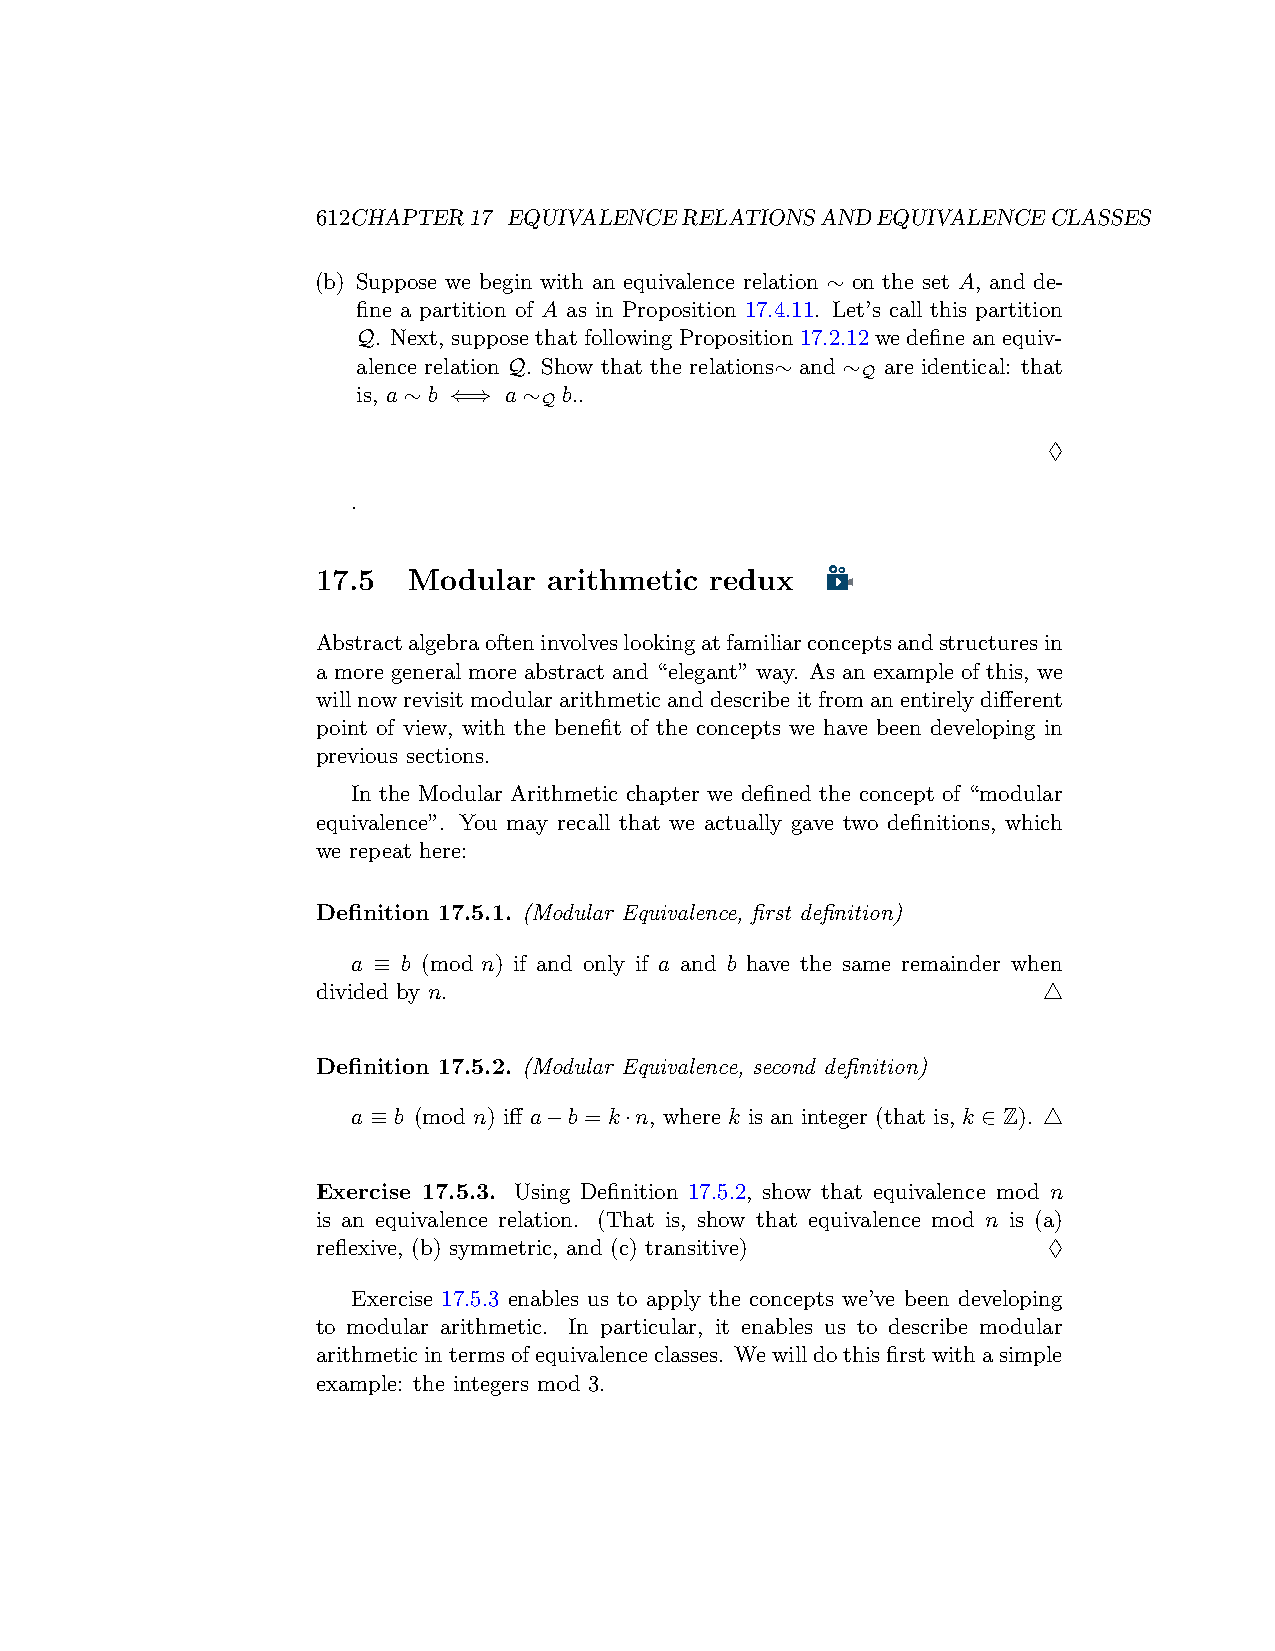
612CHAPTER17 EQUIVALENCERELATIONSANDEQUIVALENCECLASSES
 (b) Suppose we begin with an equivalence relation ∼ on the set A, and de-
 fine a partition of A as in Proposition 17.4.11. Let’s call this partition
 Q. Next, suppose that following Proposition 17.2.12 we define an equiv-
 alence relation Q. Show that the relations∼ and ∼ are identical: that
 Q
 is, a ∼ b ⇐⇒ a ∼ b..
 Q
 ♢
 .
 17.5  Modular  arithmetic redux
 Abstractalgebraofteninvolveslookingatfamiliarconceptsandstructuresin
 a more general more abstract and “elegant” way. As an example of this, we
 willnowrevisitmodulararithmeticanddescribeitfromanentirelydifferent
 point of view, with the benefit of the concepts we have been developing in
 previous sections.
 In the Modular Arithmetic chapter we defined the concept of “modular
 equivalence”. You may recall that we actually gave two definitions, which
 we repeat here:
 Definition 17.5.1. (Modular Equivalence, first definition)
 a ≡ b (mod n) if and only if a and b have the same remainder when
 divided by n.                                   △
 Definition 17.5.2. (Modular Equivalence, second definition)
 a ≡ b (mod n) iff a−b = k·n, where k is an integer (that is, k ∈ Z). △
 Exercise 17.5.3. Using Definition 17.5.2, show that equivalence mod n
 is an equivalence relation. (That is, show that equivalence mod n is (a)
 reflexive, (b) symmetric, and (c) transitive)   ♢
 Exercise 17.5.3 enables us to apply the concepts we’ve been developing
 to modular arithmetic. In particular, it enables us to describe modular
 arithmeticintermsofequivalenceclasses. Wewilldothisfirstwithasimple
 example: the integers mod 3.